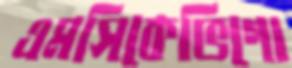
এমসিকেভিগো